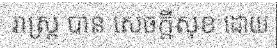
រាស្ត្រ បាន សេចក្តីសុខ ដោយ